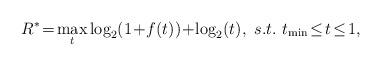
LaTeX: \begin{align*}R^{*} \!=\! \max_{t} \log_{2}(1\! +\! f(t) ) \!+\! \log_{2}(t), ~s.t. ~t_{\min} \!\leq\! t\! \leq\! 1,\end{align*}